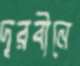
দূরবীনে